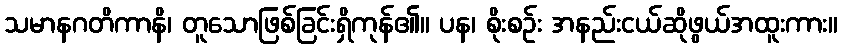
သမာနဂတိကာနိ၊ တူသောဖြစ်ခြင်းရှိကုန်၏။ ပန၊ စိုးစဉ်း အနည်းငယ်ဆိုဖွယ်အထူးကား။